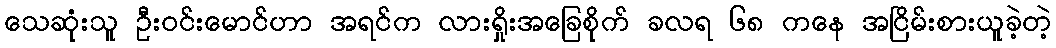
သေဆုံးသူ ဦးဝင်းမောင်ဟာ အရင်က လားရှိုးအခြေစိုက် ခလရ ၆၈ ကနေ အငြိမ်းစားယူခဲ့တဲ့